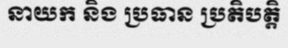
នាយក និង ប្រធាន ប្រតិបត្តិ